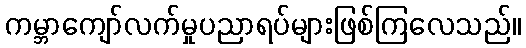
ကမ္ဘာကျော်လက်မှုပညာရပ်များဖြစ်ကြလေသည်။